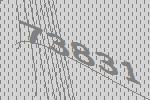
73831